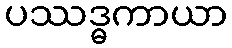
ပဿဒ္ဓကာယာ